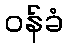
ဝန်ခံ